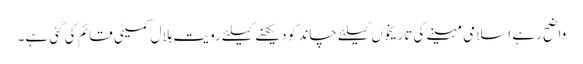
واضح رہے اسلامی مہینے کی تاریخوں کیلئے چاند کو دیکھنے کیلئے رویت ہلال کمیٹی قائم کی گئی ہے۔